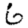
Digit: 6